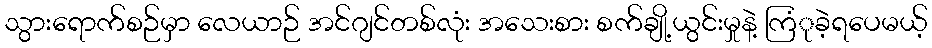
သွားရောက်စဉ်မှာ လေယာဉ် အင်ဂျင်တစ်လုံး အသေးစား စက်ချို့ယွင်းမှုနဲ့ ကြံုခဲ့ရပေမယ့်